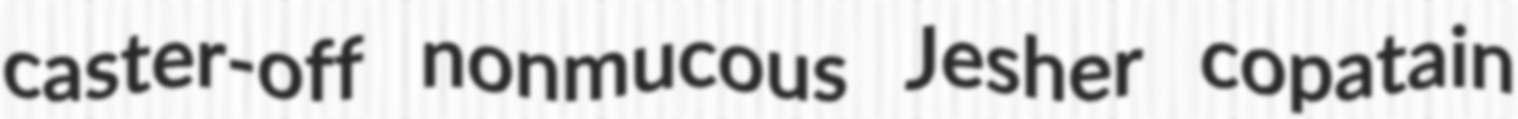
caster-off nonmucous Jesher copatain